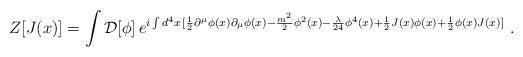
LaTeX: \begin{align*}Z[J(x)]=\int {\mathcal D}[\phi]\,e^{ i \int d^4x \, [\frac{1}{2} \partial^{\mu}\phi(x)\partial_{\mu}\phi(x)-\frac{m^2}{2} \phi^2(x) - \frac{\lambda}{24}\phi^4(x)+\frac{1}{2} J(x)\phi(x)+ \frac{1}{2} \phi(x)J(x)]}~.\end{align*}